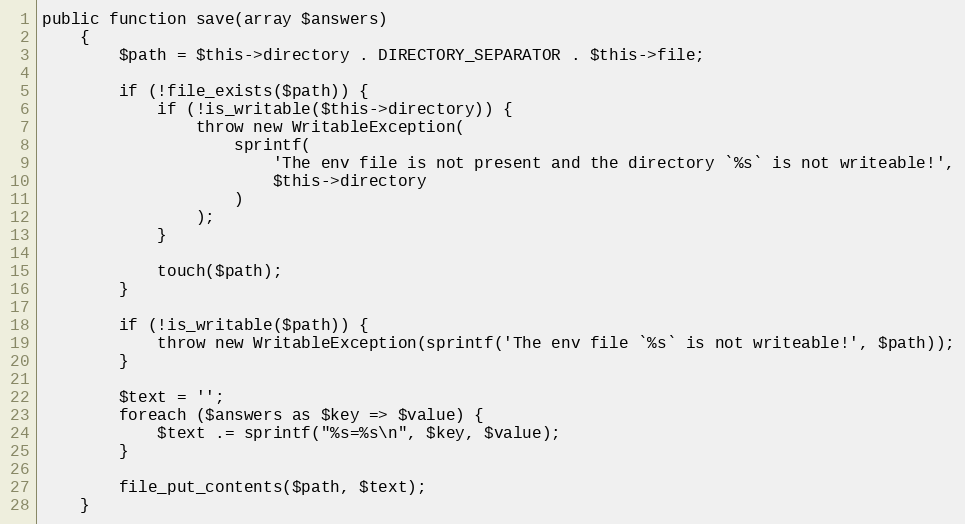
Language: PHP
public function save(array $answers)
    {
        $path = $this->directory . DIRECTORY_SEPARATOR . $this->file;

        if (!file_exists($path)) {
            if (!is_writable($this->directory)) {
                throw new WritableException(
                    sprintf(
                        'The env file is not present and the directory `%s` is not writeable!',
                        $this->directory
                    )
                );
            }

            touch($path);
        }

        if (!is_writable($path)) {
            throw new WritableException(sprintf('The env file `%s` is not writeable!', $path));
        }

        $text = '';
        foreach ($answers as $key => $value) {
            $text .= sprintf("%s=%s\n", $key, $value);
        }

        file_put_contents($path, $text);
    }